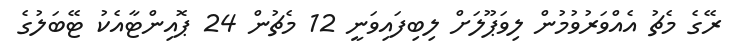
ރޭގެ މެޗު އެއްވަރުވުމުން ލިވަޕޫލަށް ލިބިފައިވަނީ 12 މެޗުން 24 ޕޮއިންޓާއެކު ޓޭބަލުގެ